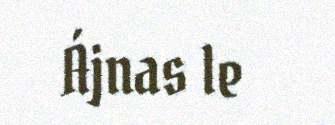
Ájnas le